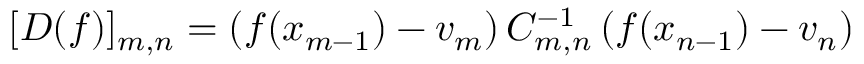
[ D ( f ) ] _ { m , n } = \left( f ( x _ { m - 1 } ) - v _ { m } \right) C _ { m , n } ^ { - 1 } \left( f ( x _ { n - 1 } ) - v _ { n } \right)